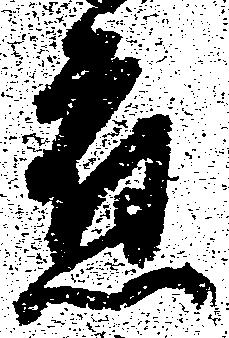
応